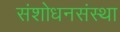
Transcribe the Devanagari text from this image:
संशोधनसंस्था